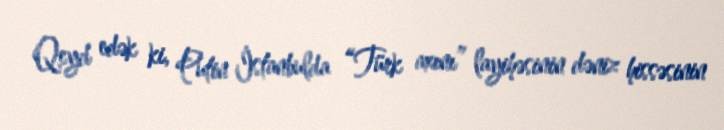
Qeyd edək ki, Putin İstanbulda “Türk axını” layihəsinin dəniz hissəsinin